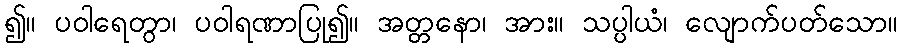
၍။ ပဝါရေတွာ၊ ပဝါရဏာပြု၍။ အတ္တနော၊ အား။ သပ္ပါယံ၊ လျောက်ပတ်သော။